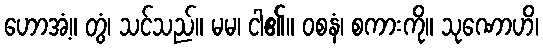
ဟောအံ့။ တွံ၊ သင်သည်။ မမ၊ ငါ၏။ ဝစနံ၊ စကားကို။ သုဏောဟိ၊